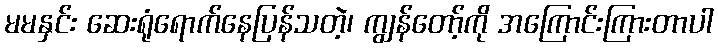
မမနှင်း ဆေးရုံရောက်နေပြန်သတဲ့၊ ကျွန်တော့်ကို အကြောင်းကြားတာပါ